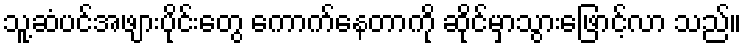
သူ့ဆံပင်အဖျားပိုင်းတွေ ကောက်နေတာကို ဆိုင်မှာသွားဖြောင့်လာ သည်။